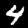
Digit: 4